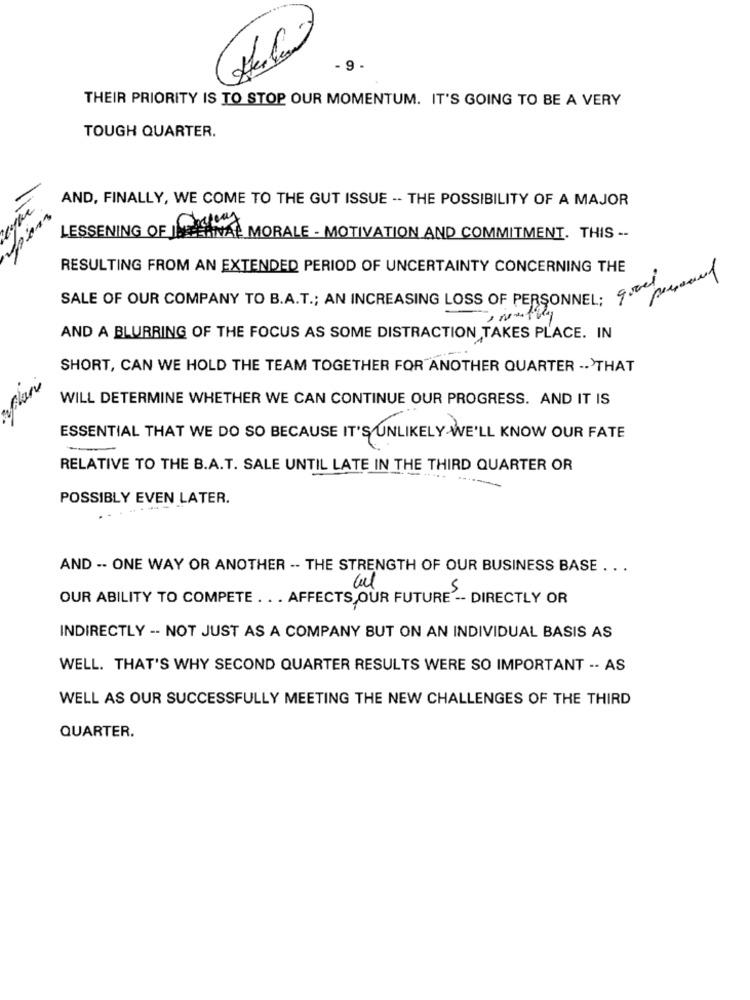
- 9 -
THEIR PRIORITY IS TO STOP OUR MOMENTUM. IT'S GOING TO BE A VERY
TOUGH QUARTER.
AND, FINALLY, WE COME TO THE GUT ISSUE -- THE POSSIBILITY OF A MAJOR
LESSENING OF INTERNAL MORALE - MOTIVATION AND COMMITMENT. THIS --
RESULTING FROM AN EXTENDED PERIOD OF UNCERTAINTY CONCERNING THE
SALE OF OUR COMPANY TO B.A.T .; AN INCREASING LOSS OF PERSONNEL: que puede
AND A BLURRING OF THE FOCUS AS SOME DISTRACTION TAKES PLACE. IN
SHORT, CAN WE HOLD THE TEAM TOGETHER FOR ANOTHER QUARTER -- >THAT
WILL DETERMINE WHETHER WE CAN CONTINUE OUR PROGRESS. AND IT IS
ESSENTIAL THAT WE DO SO BECAUSE IT'S UNLIKELY-WE'LL KNOW OUR FATE
RELATIVE TO THE B.A.T. SALE UNTIL LATE IN THE THIRD QUARTER OR
POSSIBLY EVEN LATER.
AND -- ONE WAY OR ANOTHER -- THE STRENGTH OF OUR BUSINESS BASE ...
LA
OUR ABILITY TO COMPETE . .. AFFECTS OUR FUTURE -- DIRECTLY OR
INDIRECTLY -- NOT JUST AS A COMPANY BUT ON AN INDIVIDUAL BASIS AS
WELL. THAT'S WHY SECOND QUARTER RESULTS WERE SO IMPORTANT -- AS
WELL AS OUR SUCCESSFULLY MEETING THE NEW CHALLENGES OF THE THIRD
QUARTER.